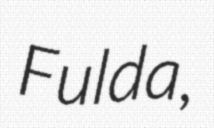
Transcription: Fulda,